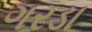
ગરડા